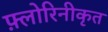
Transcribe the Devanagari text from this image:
फ़्लोरिनीकृत